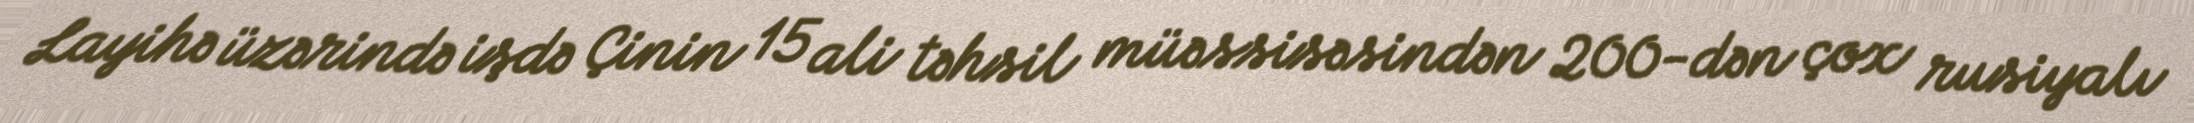
Layihə üzərində işdə Çinin 15 ali təhsil müəssisəsindən 200-dən çox rusiyalı